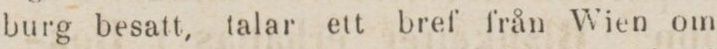
burg besatt, talar ett bref från Wien om